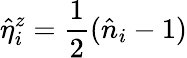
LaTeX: \hat{\eta}_{i}^{z}=\frac{1}{2}(\hat{n}_{i}-1)